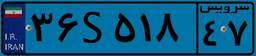
۳۹S۷۲۳۳۸